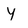
Character: Y